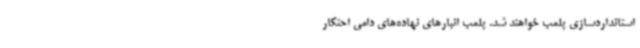
استانداردسازی پلمب خواهند شد. پلمب انبارهای نهاده‌های دامی احتکار